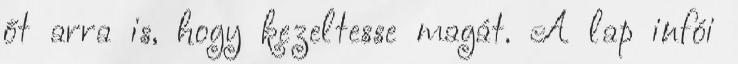
őt arra is, hogy kezeltesse magát. A lap infói